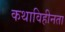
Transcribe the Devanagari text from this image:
कथाविहीनता